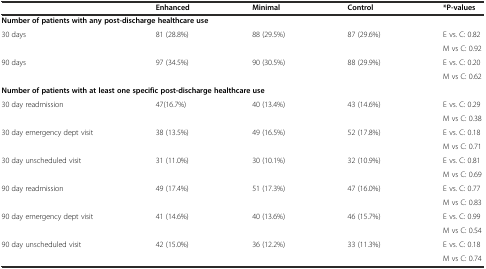
<table><thead><tr><td></td><td><b>Enhanced</b></td><td><b>Minimal</b></td><td><b>Control</b></td><td><b>*P-values</b></td></tr></thead><tbody><tr><td colspan="5"><b>Number of patients with any post-discharge healthcare use</b></td></tr><tr><td rowspan="2">30 days</td><td rowspan="2">81 (28.8%)</td><td rowspan="2">88 (29.5%)</td><td rowspan="2">87 (29.6%)</td><td>E vs. C: 0.82</td></tr><tr><td>M vs C: 0.92</td></tr><tr><td rowspan="2">90 days</td><td rowspan="2">97 (34.5%)</td><td rowspan="2">90 (30.5%)</td><td rowspan="2">88 (29.9%)</td><td>E vs. C: 0.20</td></tr><tr><td>M vs C: 0.62</td></tr><tr><td colspan="5"><b>Number of patients with at least one specific post-discharge healthcare use</b></td></tr><tr><td rowspan="2">30 day readmission</td><td rowspan="2">47(16.7%)</td><td rowspan="2">40 (13.4%)</td><td rowspan="2">43 (14.6%)</td><td>E vs. C: 0.29</td></tr><tr><td>M vs C: 0.38</td></tr><tr><td rowspan="2">30 day emergency dept visit</td><td rowspan="2">38 (13.5%)</td><td rowspan="2">49 (16.5%)</td><td rowspan="2">52 (17.8%)</td><td>E vs. C: 0.18</td></tr><tr><td>M vs C: 0.71</td></tr><tr><td rowspan="2">30 day unscheduled visit</td><td rowspan="2">31 (11.0%)</td><td rowspan="2">30 (10.1%)</td><td rowspan="2">32 (10.9%)</td><td>E vs. C: 0.81</td></tr><tr><td>M vs C: 0.69</td></tr><tr><td rowspan="2">90 day readmission</td><td rowspan="2">49 (17.4%)</td><td rowspan="2">51 (17.3%)</td><td rowspan="2">47 (16.0%)</td><td>E vs. C: 0.77</td></tr><tr><td>M vs C: 0.83</td></tr><tr><td rowspan="2">90 day emergency dept visit</td><td rowspan="2">41 (14.6%)</td><td rowspan="2">40 (13.6%)</td><td rowspan="2">46 (15.7%)</td><td>E vs. C: 0.99</td></tr><tr><td>M vs C: 0.54</td></tr><tr><td>90 day unscheduled visit</td><td>42 (15.0%)</td><td>36 (12.2%)</td><td>33 (11.3%)</td><td>E vs. C: 0.18</td></tr><tr><td></td><td></td><td></td><td></td><td>M vs C: 0.74</td></tr></tbody></table>